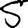
Digit: 5